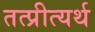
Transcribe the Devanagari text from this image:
तत्प्रीत्यर्थ